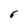
Character: 6